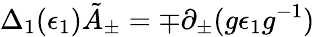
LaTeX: \Delta_{1}(\epsilon_{1})\tilde{A}_{\pm}=\mp\partial_{\pm}(g\epsilon_{1}g^{-1})